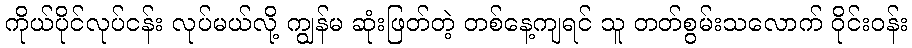
ကိုယ်ပိုင်လုပ်ငန်း လုပ်မယ်လို့ ကျွန်မ ဆုံးဖြတ်တဲ့ တစ်နေ့ကျရင် သူ တတ်စွမ်းသလောက် ဝိုင်းဝန်း